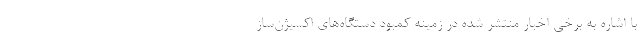
با اشاره به برخی اخبار منتشر شده در زمینه کمبود دستگاه‌های اکسیژن‌ساز